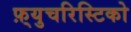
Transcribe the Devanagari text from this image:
फ़्युचरिस्टिको